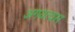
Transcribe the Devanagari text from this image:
अगयत्वस